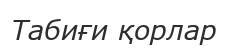
Табиғи қорлар